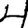
Digit: 4